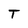
Character: T